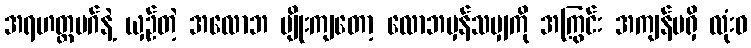
အရဟတ္တမဂ်နဲ့ ယှဉ်တဲ့ အလောဘ မျိုးကျတော့ လောဘမှန်သမျှကို အကြွင်း အကျန်မရှိ လုံးဝ